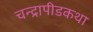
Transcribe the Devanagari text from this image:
चन्द्रापीडकथा